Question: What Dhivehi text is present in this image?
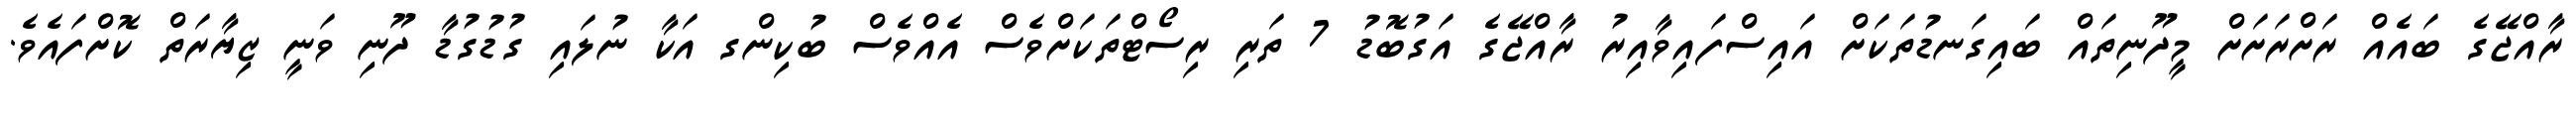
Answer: ރާއްޖޭގެ ބައެއް ރަށްރަށަށް މީދޫނިތައް ބައިގަނޑުތަކަށް އައިސްފައިވާއިރު ރާއްޖޭގެ އަގުބޮޑު 7 ތަރި ރިސޯޓްތަކަށްވެސް އެއްވެސް ބުކިންގ އަކާ ނުލައި ގުޑުގުޑާ ދޫނި ވަނީ ޒިޔާރަތް ކޮށްފައެވެ.